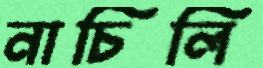
নাচিলি